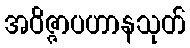
အဝိဇ္ဇာပဟာနသုတ်